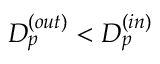
D _ { p } ^ { ( o u t ) } < D _ { p } ^ { ( i n ) }